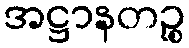
အဋ္ဌာနတဉ္စ